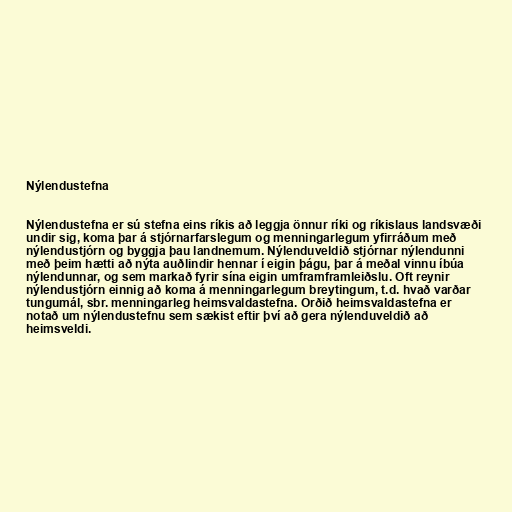
Nýlendustefna

Nýlendustefna er sú stefna eins ríkis að leggja önnur ríki og ríkislaus landsvæði
undir sig, koma þar á stjórnarfarslegum og menningarlegum yfirráðum með
nýlendustjórn og byggja þau landnemum. Nýlenduveldið stjórnar nýlendunni
með þeim hætti að nýta auðlindir hennar í eigin þágu, þar á meðal vinnu íbúa
nýlendunnar, og sem markað fyrir sína eigin umframframleiðslu. Oft reynir
nýlendustjórn einnig að koma á menningarlegum breytingum, t.d. hvað varðar
tungumál, sbr. menningarleg heimsvaldastefna. Orðið heimsvaldastefna er
notað um nýlendustefnu sem sækist eftir því að gera nýlenduveldið að
heimsveldi.